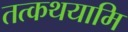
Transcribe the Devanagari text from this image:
तत्कथयामि